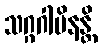
သဂ္ဂဂါမိနန္တိ